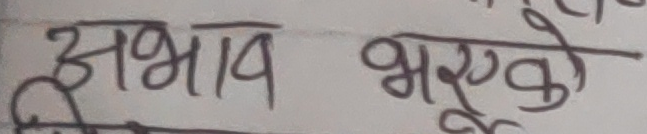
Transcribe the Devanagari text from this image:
अभाव भएको